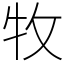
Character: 牧